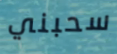
سحبني